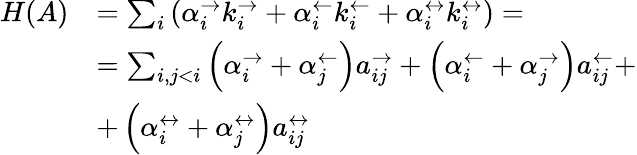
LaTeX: \begin{array}{rl}{H(A)}&{=\sum_{i}\left(\alpha_{i}^{\rightarrow}k_{i}^{\rightarrow}+\alpha_{i}^{\leftarrow}k_{i}^{\leftarrow}+\alpha_{i}^{\leftrightarrow}k_{i}^{\leftrightarrow}\right)=}\\ &{=\sum_{i,j<i}\left(\alpha_{i}^{\rightarrow}+\alpha_{j}^{\leftarrow}\right)a_{ij}^{\rightarrow}+\left(\alpha_{i}^{\leftarrow}+\alpha_{j}^{\rightarrow}\right)a_{ij}^{\leftarrow}+}\\ &{+\left(\alpha_{i}^{\leftrightarrow}+\alpha_{j}^{\leftrightarrow}\right)a_{ij}^{\leftrightarrow}}\end{array}